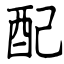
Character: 配